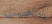
يانصيب